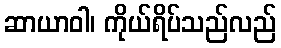
ဆာယာဝါ၊ ကိုယ်ရိပ်သည်လည်